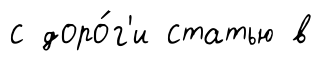
с доро́г'и статью в